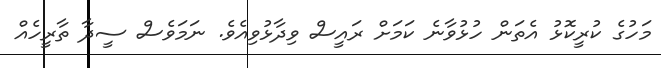
މަހުގެ ކުރީކޮޅު އެތަން ހުޅުވާނެ ކަމަށް ރައީސް ވިދާޅުވިއެވެ. ނަމަވެސް ސީދާ ތާރީހެއް